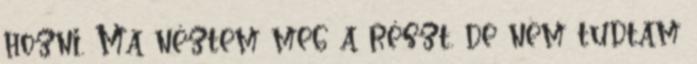
hozni. Ma néztem meg a részt. de nem tudtam